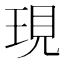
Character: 現